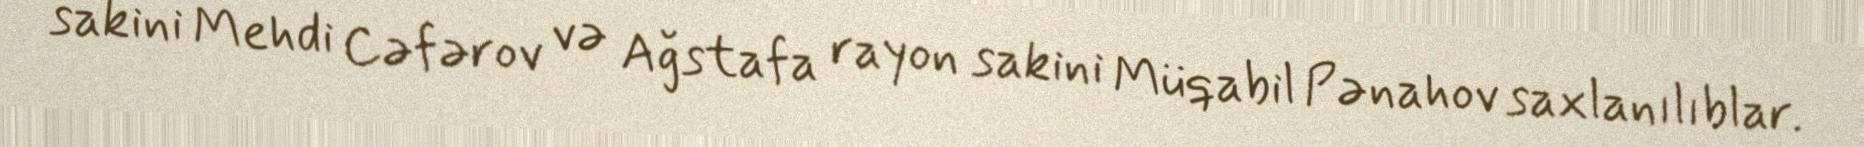
sakini Mehdi Cəfərov və Ağstafa rayon sakini Müqabil Pənahov saxlanılıblar.